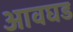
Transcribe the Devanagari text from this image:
आवघड